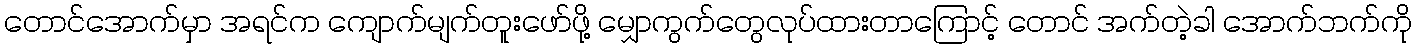
တောင်အောက်မှာ အရင်က ကျောက်မျက်တူးဖော်ဖို့ မျှောကွက်တွေလုပ်ထားတာကြောင့် တောင် အက်တဲ့ခါ အောက်ဘက်ကို